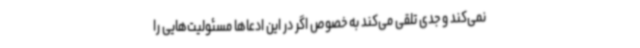
نمی‌کند و جدی تلقی می‌کند به خصوص اگر در این ادعاها مسئولیت‌هایی را